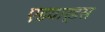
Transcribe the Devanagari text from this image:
एडवार्डस